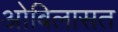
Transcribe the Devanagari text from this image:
ओबिलासत